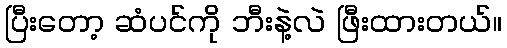
ပြီးတော့ ဆံပင်ကို ဘီးနဲ့လဲ ဖြီးထားတယ်။